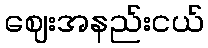
ဈေးအနည်းငယ်